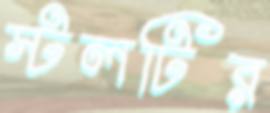
স্টলটির